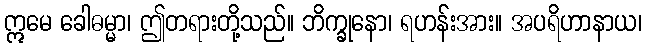
ဣမေ ခေါဓမ္မာ၊ ဤတရားတို့သည်။ ဘိက္ခုနော၊ ရဟန်းအား။ အပရိဟာနာယ၊